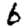
Digit: 6